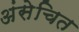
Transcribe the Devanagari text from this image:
अंसेचित